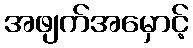
အဖျက်အမှောင့်